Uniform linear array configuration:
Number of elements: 24
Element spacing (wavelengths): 0.5
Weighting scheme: binomial
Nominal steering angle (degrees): -15
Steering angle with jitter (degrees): -14.646
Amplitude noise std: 0.05
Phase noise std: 0.05

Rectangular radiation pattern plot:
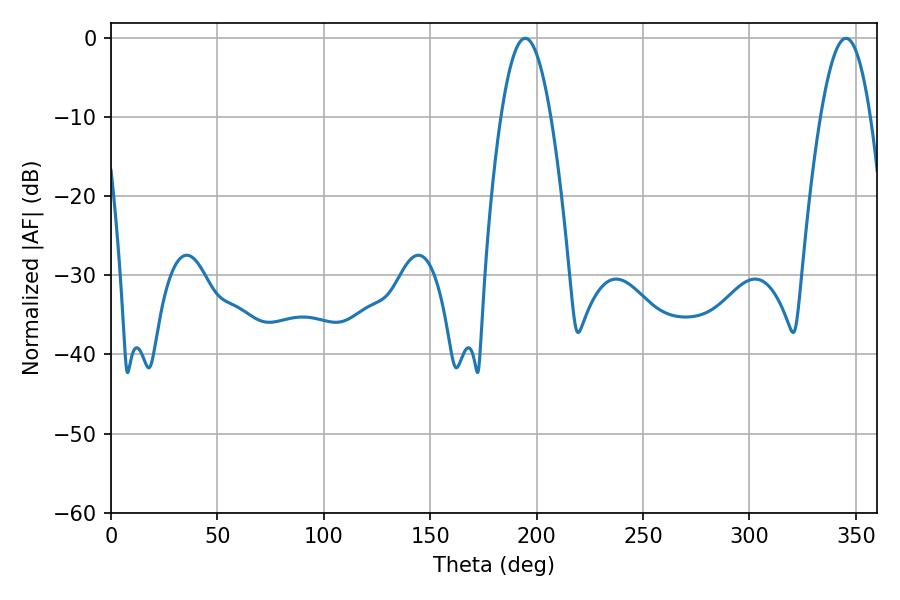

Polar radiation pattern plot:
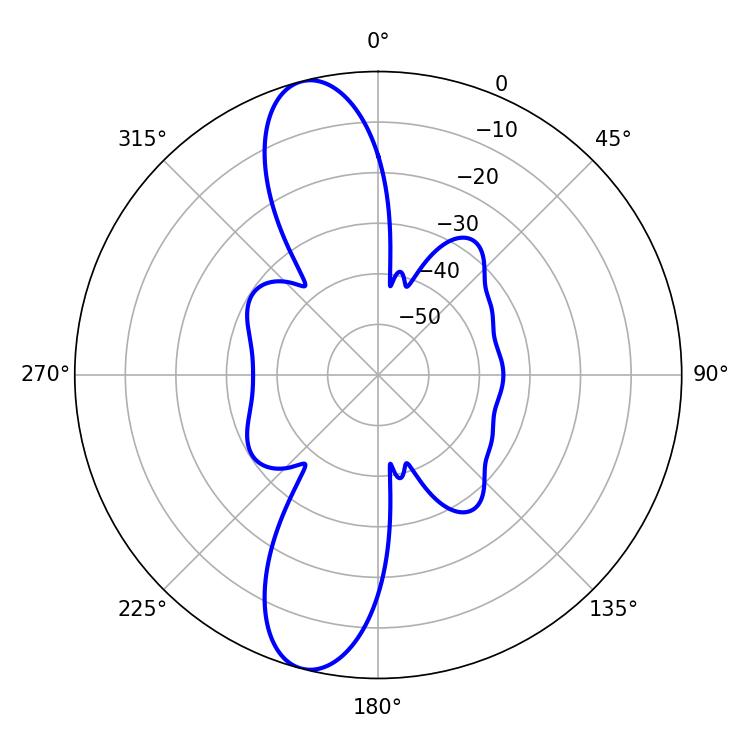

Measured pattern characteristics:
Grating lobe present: FALSE
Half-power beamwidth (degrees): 12.78
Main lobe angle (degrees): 194.58